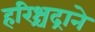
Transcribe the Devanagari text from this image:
हरिश्चंद्राने